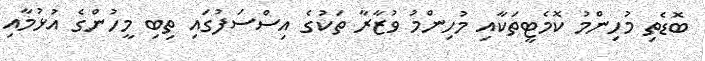
ބޮޑެތި މުހިންމު ކޮމެޓީތަކާއި މުހިންމު ވުޒާރާ ތަކުގެ އިސްސަފުގައި ތިބި މީހުންގެ އުޅުމާއި